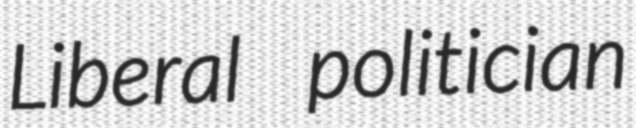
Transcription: Liberal politician